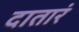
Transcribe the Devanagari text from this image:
दातारं